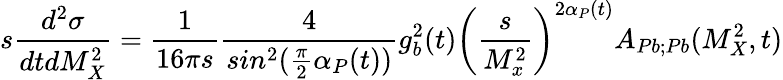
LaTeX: s{\frac{d^{2}\sigma}{dtdM_{X}^{2}}}={\frac{1}{16\pi s}}{\frac{4}{sin^{2}({\frac{\pi}{2}}\alpha_{P}(t))}}g_{b}^{2}(t)\left({\frac{s}{M_{x}^{2}}}\right)^{2\alpha_{P}(t)}A_{Pb;Pb}(M_{X}^{2},t)